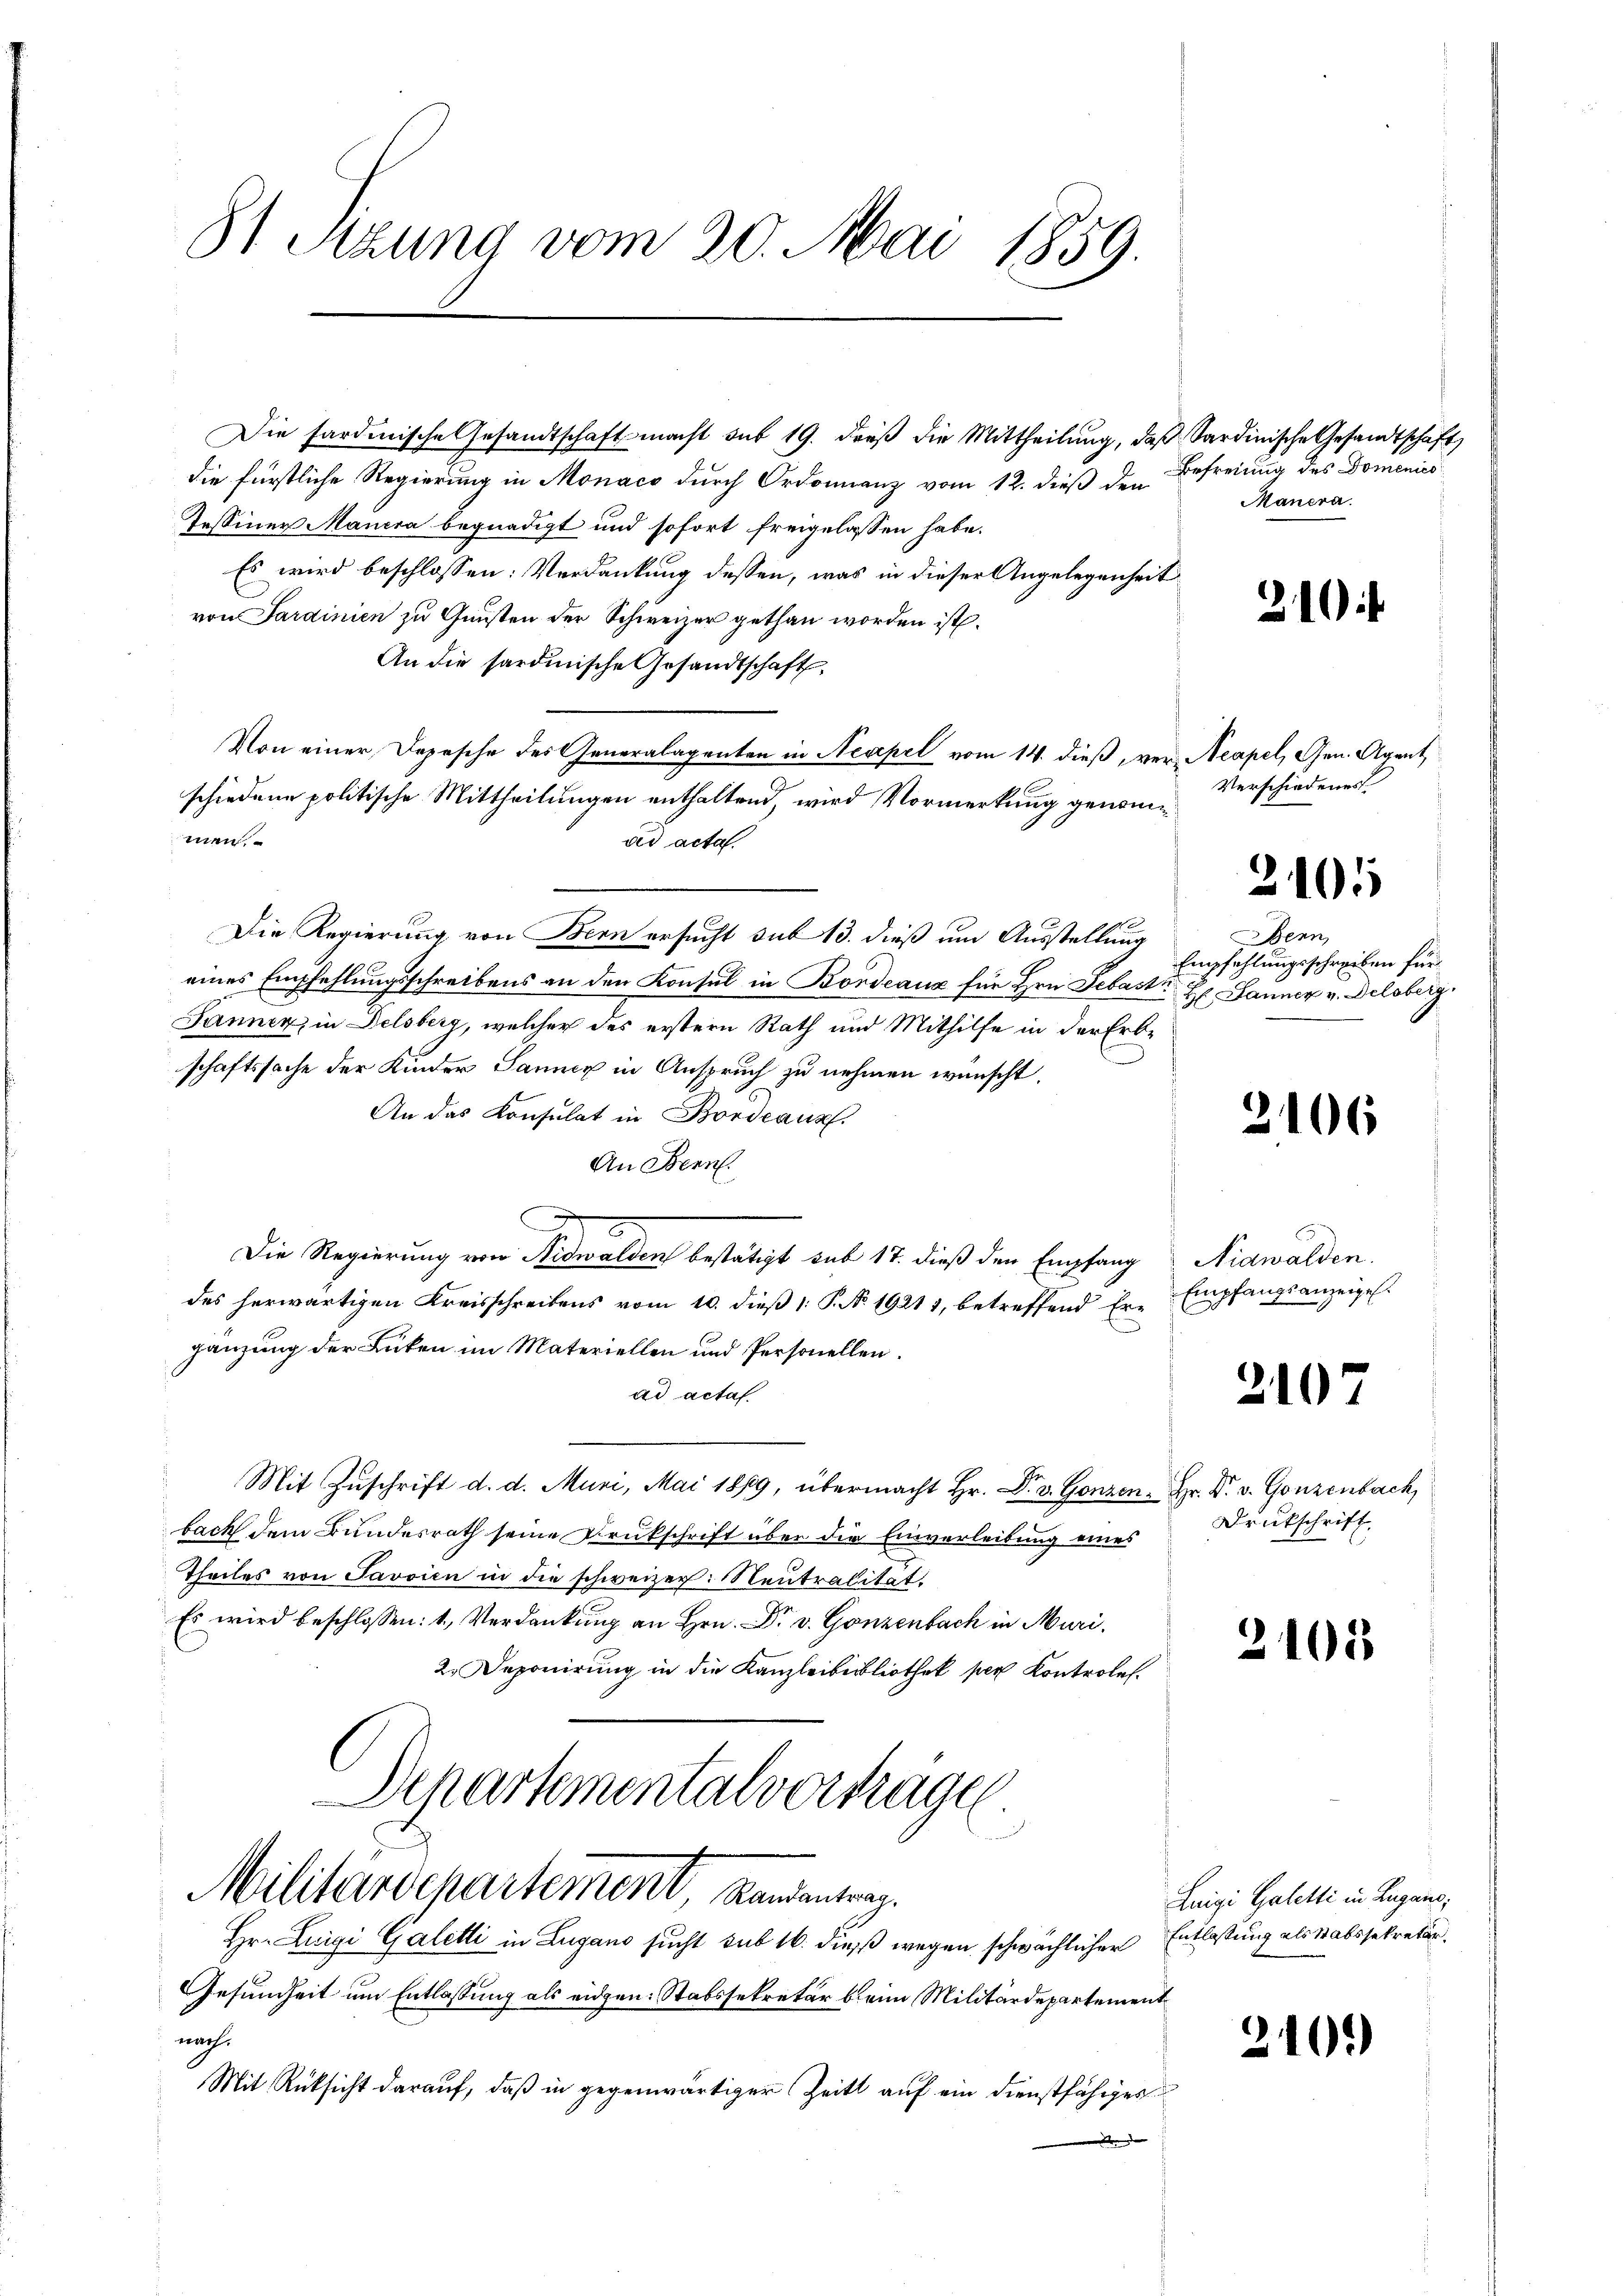
81 Sizung vom 20. Mai 1859.

Die sardinische Gesandtschaft macht sub 19. dieβ die Mittheilŭng, daß Sardinische Gesandtschaft
die fürstliche Regierung in Monaco durch Ordonnanz vom 12. dieß den
Tessiner Mancra begnadigt und sofort freigelassen habe.
Es wird beschlossen: Verdankung dessen, was in dieser Angelegenheit
von Sardinien zu Gunsten der Schweizer gethan worden ist.
An die sardinische Gesandtschaft
Von einer Depesche des Generalagenten in Neapel vom 14. dieß, ver- Neapel, Gen. Agent
schiedene politische Mittheilungen enthaltend, wird Vormerkung genommen.
ad acta.
Die Regierung von Bern ersucht sub 13. dieß um Ausstellung
eines Empfehlungsschreibens an den Konsul in Bordeaux für Hrn. Sebast. Hr. Jauner v. Delsberg.
Jannen, in Delsberg, welcher des erstern Rath und Mithilfe in der Erbe
schaftssache der Kinder Sannex in Anspruch zu nehmen wünscht.
An das Konsulat in Bordeaux.
An Bern.
e
Die Regierung von Nidwalden bestätigt sub 17. dieß den Empfang
des herwärtigen Kreisschreibens vom 10. dieß 1: P. No. 19211, betreffend Ergänzung der Lücken im Materiellen und Personellen.
ad actas.
Mit Zŭschrift d. d. Muri, Mai 1869, übermacht Hr. Dr. v. Gonzen - Hr. Dr. v. Gonzenbach,
bach dem Bundesrath seine Drukschrift über die Einverleibung eines
Theiles von Javoien in die schweizer. Neutralität.
Es wird beschlossen: 1., Verdankung an Hrn. Dr. v. Gonzenbach in Muri,
2. Deponirung in die Kanzleibeibliothek per Kontroles.
Departementalverträgen
Militärdepartement, Landentrag.
Hr. Luigi Galetti in Lugano sucht sub 16. dieß wegen schwächlicher Entlassung als Stabssekretär.
Gesundheit um Entlassung als eidgen: Stabssekretär beim Militärdepartement
nach.
Mit Rüksicht darauf, daß in gegenwärtiger Zeit auf ein Dienstfähiges

Befreiung des Domenico
Mancra.

21

Verschiedenes

2101

Benn
Empfehlungsschreiben für

2106

Nidwalden.
Empfangsanzeige.

2107

Drukschrift

2

105

Luigi Galetti in Lugano,

2102)